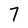
Character: 7